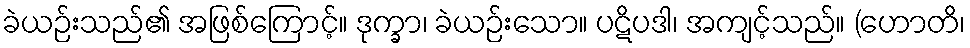
ခဲယဉ်းသည်၏ အဖြစ်ကြောင့်။ ဒုက္ခာ၊ ခဲယဉ်းသော။ ပဋိပဒါ၊ အကျင့်သည်။ (ဟောတိ၊